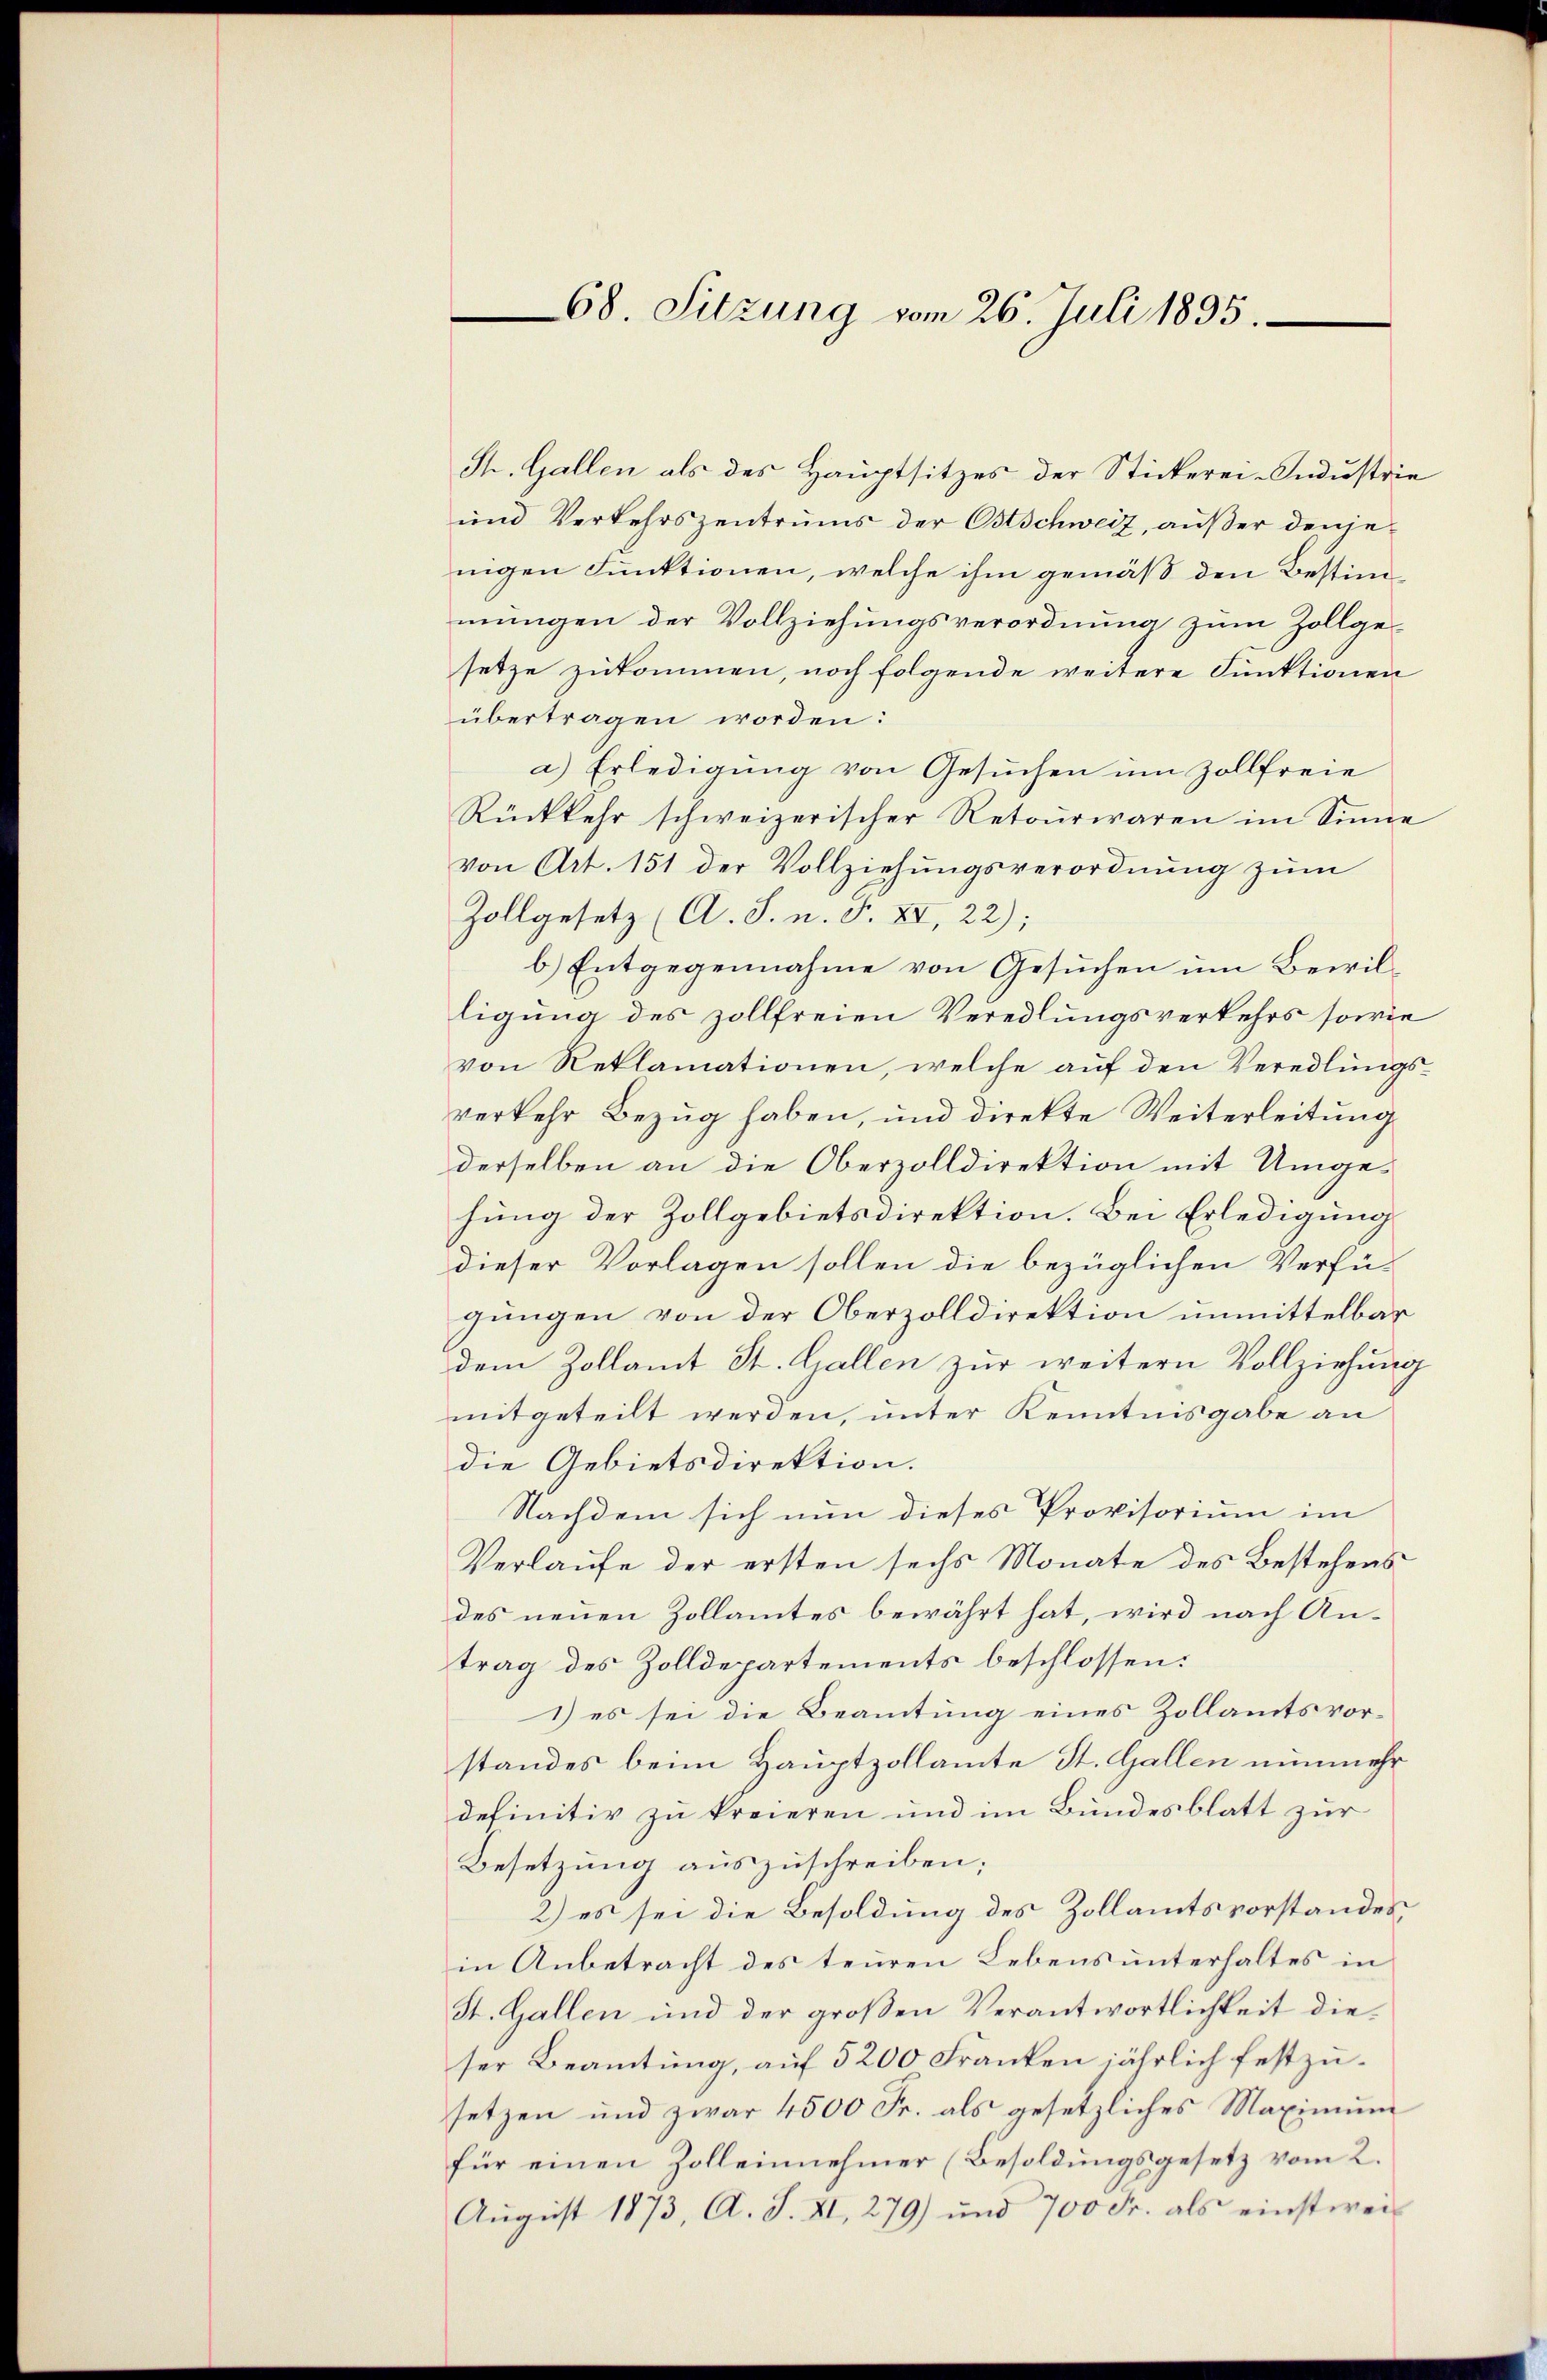
St. Gallen als des Hauptsitzes der Stickerei Industrie
und Verkehrszentrums der Ostschweiz, außer denjenigen Funktionen, welche ihm gemäß den Bestimmungen der Vollziehungsverordnung zum Zollgesetze zukommen, noch folgende weitere Funktionen
übertragen worden:
a.) Erledigung von Gesuchen um Zollfreie
Rückkehr schweizerischer Retoŭrwaren im Sinne
von Art. 151 der Vollziehungsverordnung zŭm
Zollgesetz (A. S. n. F. XI, 22);
b.) Entgegennahme von Gesuchen um Bewilligung des zollfreien Veredlungsverkehrs sowie
von Reklamationen, welche auf den Veredlungsverkehr Bezug haben, und direkte Weiterleitung
derselben an die Oberzolldirektion mit Umgehung der Zollgebietsdirektion. Bei Erledigung
dieser Vorlagen sollen die bezüglichen Verfü-
gungen von der Oberzolldirektion unmittelbar
dem Zollamt St. Gallen zur weitern Vollziehung
mitgeteilt werden, unter Kenntnisgabe an
die Gebietsdirektion.
Nachdem sich nun dieses Provisorium im
Verlaufe der ersten sechs Monate des Bestehens
des neuen Zollamtes bewährt hat, wird nach Antrag des Zolldepartements beschlossen:
1) es sei die Beamtung eines Zollamtsvorstandes beim Hauptzollamte St. Gallen nunmehr
definitiv zu kreieren und im Bundesblatt zur
Besetzung auszuschreiben;
2) es sei die Besoldung des Zollamtsvorstandes
in Anbetracht des teuren Lebens unterhaltes in
St. Gallen und der großen Verantwortlichkeit dieser Beamtung, auf 5200 Franken jährlich festzusetzen und zwar 4500 Fr. als gesetzliches Maximum
für einen Zolleinnehmer (Besoldungsgesetz vom 2.
August 1873, A. S. XI, 279) und 700 Fr. als einstweis

68. Sitzung vom 26. Juli 1895.